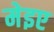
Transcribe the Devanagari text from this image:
मेइए